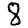
Digit: 8